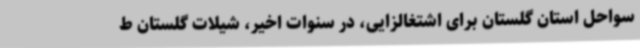
سواحل استان گلستان برای اشتغالزایی، در سنوات اخیر، شیلات گلستان ط